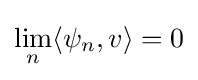
\lim _{n}\langle \psi _{n},v\rangle =0